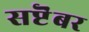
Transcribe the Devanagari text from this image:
सप्टॆंबर